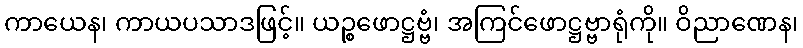
ကာယေန၊ ကာယပသာဒဖြင့်။ ယဉ္စဖောဋ္ဌဗ္ဗံ၊ အကြင်ဖောဋ္ဌဗ္ဗာရုံကို။ ဝိညာဏေန၊